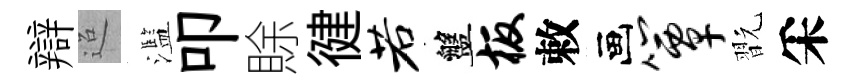
辯迢濫叩賖徤若盤板敕画簟翫采